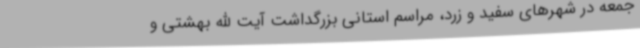
جمعه در شهرهای سفید و زرد، مراسم استانی بزرگداشت آیت الله بهشتی و